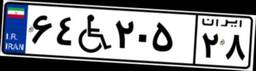
۴۲W۹۷۸۹۱